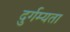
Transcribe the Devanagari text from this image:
दुर्गम्यता